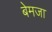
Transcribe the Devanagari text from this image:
बेमजा